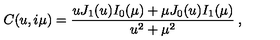
C ( u , i \mu ) = \frac { u J _ { 1 } ( u ) I _ { 0 } ( \mu ) + \mu J _ { 0 } ( u ) I _ { 1 } ( \mu ) } { u ^ { 2 } + \mu ^ { 2 } } \: ,